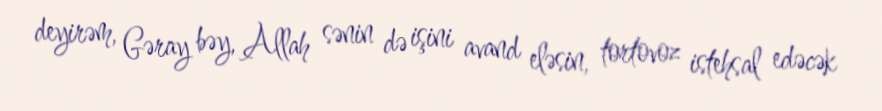
deyirəm, Gəray bəy, Allah sənin də işini avand eləsin, tortovoz istehsal edəcək